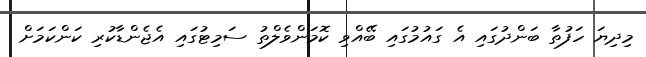
މިދިޔަ ހަފުތާ ބަންދުގައި އެ ގައުމުގައި ބޭއްވި ކޮމަންވެލްތު ސަމިޓުގައި އެޖެންޑާކުރި ކަންކަމަށް